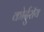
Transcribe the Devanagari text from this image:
कोर्दुरॉय